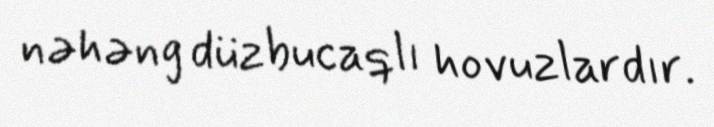
nəhəng düzbucaqlı hovuzlardır.